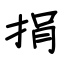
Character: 捐